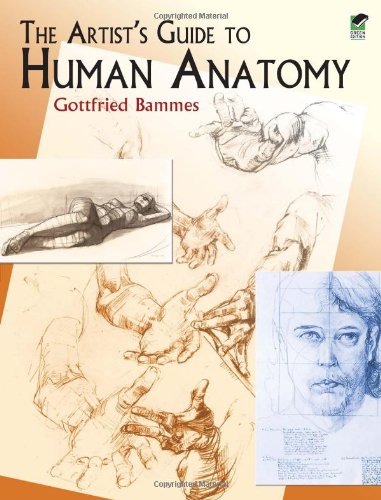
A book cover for The Artist's Guide to Human Anatomy (Dover Anatomy for Artists); Gottfried Bammes; Arts & Photography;